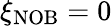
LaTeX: \xi_{\mathrm{NOB}}=0